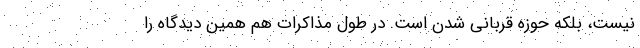
نیست، بلکه حوزه قربانی شدن است. در طول مذاکرات هم همین دیدگاه را